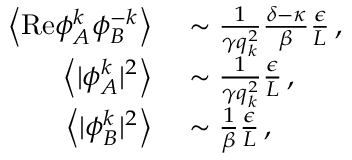
\begin{array} { r l } { \left\langle \mathrm { R e } { \phi } _ { A } ^ { k } { \phi } _ { B } ^ { - k } \right\rangle } & { { } \sim \frac { 1 } { \gamma q _ { k } ^ { 2 } } \frac { \delta - \kappa } { \beta } \frac { \epsilon } { L } \, , } \\ { \left\langle \vert { \phi } _ { A } ^ { k } \vert ^ { 2 } \right\rangle } & { { } \sim \frac { 1 } { \gamma q _ { k } ^ { 2 } } \frac { \epsilon } { L } \, , } \\ { \left\langle \vert { \phi } _ { B } ^ { k } \vert ^ { 2 } \right\rangle } & { { } \sim \frac { 1 } { \beta } \frac { \epsilon } { L } \, , } \end{array}